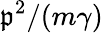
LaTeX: \mathfrak{p}^{2}/(m\gamma)